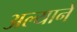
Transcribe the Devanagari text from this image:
अल्याने